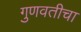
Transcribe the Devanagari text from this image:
गुणवतीचा